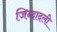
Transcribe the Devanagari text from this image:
जिन्दादली